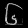
Digit: ၆